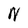
Character: N